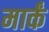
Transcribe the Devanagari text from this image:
मार्कं